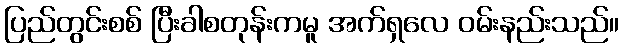
ပြည်တွင်းစစ် ပြီးခါစတုန်းကမူ အက်ရှလေ ဝမ်းနည်းသည်။